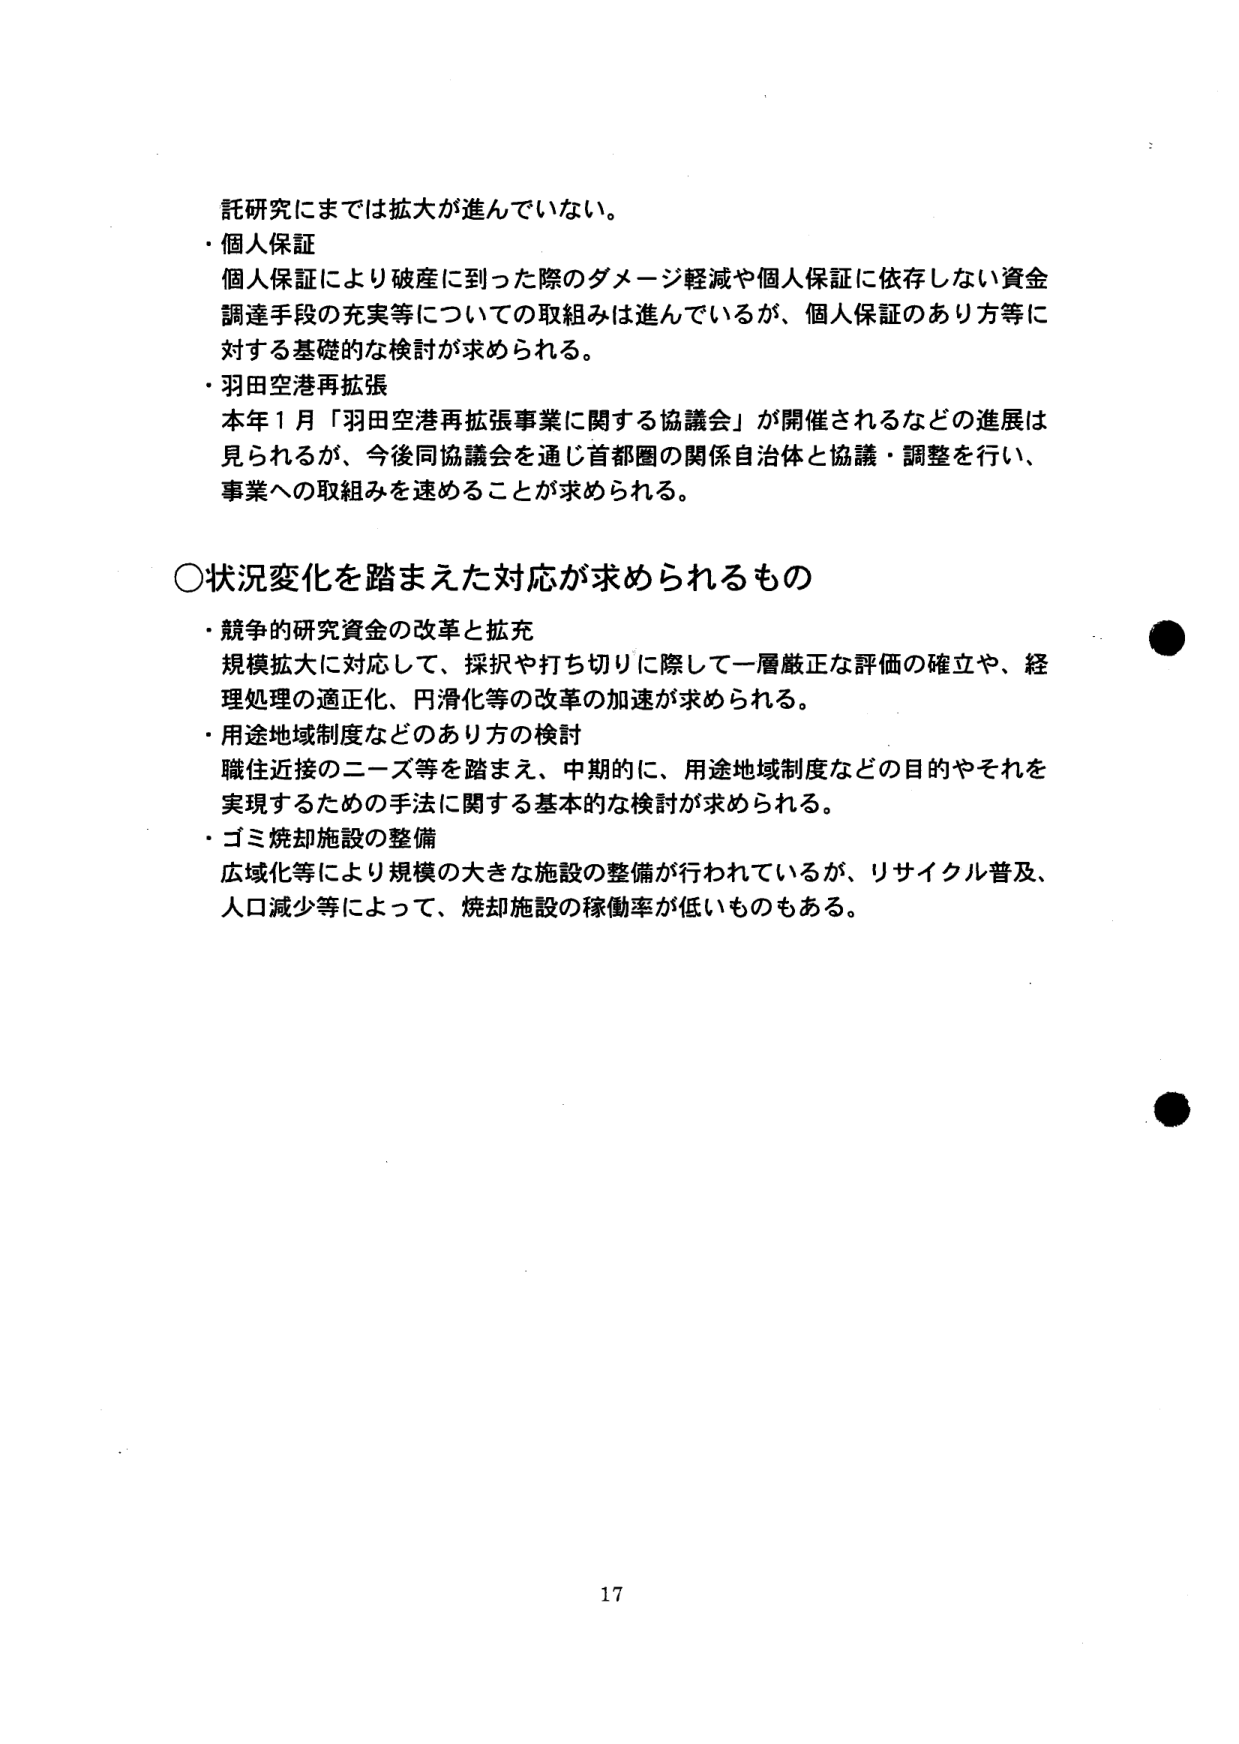
託研究にまでは拡大が進んでいない。
・個人保証
個人保証により破産に到った際のダメージ軽減や個人保証に依存しない資金
調達手段の充実等についての取組みは進んでいるが、個人保証のあり方等に
対する基礎的な検討が求められる。
・羽田空港再拡張
本年1月「羽田空港再拡張事業に関する協議会」が開催されるなどの進展は
見られるが、今後同協議会を通じ首都圏の関係自治体と協議・調整を行い、
事業への取組みを速めることが求められる。

○状況変化を踏まえた対応が求められるもの
・競争的研究資金の改革と拡充
規模拡大に対応して、採択や打ち切りに際して一層厳正な評価の確立や、経
理処理の適正化、円滑化等の改革の加速が求められる。
・用途地域制度などのあり方の検討
職住近接のニーズ等を踏まえ、中期的に、用途地域制度などの目的やそれを
実現するための手法に関する基本的な検討が求められる。
・ゴミ焼却施設の整備
広域化等により規模の大きな施設の整備が行われているが、リサイクル普及、
人口減少等によって、焼却施設の稼働率が低いものもある。

17